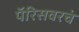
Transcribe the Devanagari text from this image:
पॅरिसवरचं